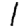
Digit: 1